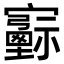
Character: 𡫻